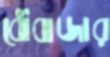
বৌবাজার